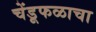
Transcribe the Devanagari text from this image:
चेंडूफळाचा